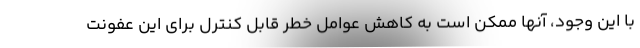
با این وجود، آنها ممکن است به کاهش عوامل خطر قابل کنترل برای این عفونت